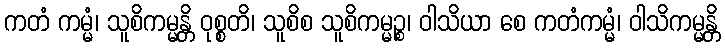
ကတံ ကမ္မံ၊ သူစိကမ္မန္တိ ဝုစ္စတိ၊ သူစိစ သူစိကမ္မဉ္စ၊ ဝါသိယာ စေ ကတံကမ္မံ၊ ဝါသိကမ္မန္တိ